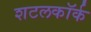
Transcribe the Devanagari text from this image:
शटलकॉर्क